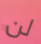
لن